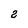
Character: 2